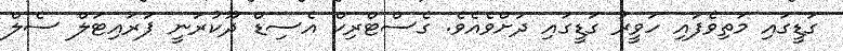
ގަޑީގައި މަތިވެފައި ހަވީރު ގަޑީގައި ދަށްވެއެވެ. ގެސްޓްރިކް އެސިޑް ދޫކުރަނީ ޕަރައިޓަލް ސެލް